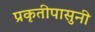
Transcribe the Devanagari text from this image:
प्रकृतीपासुनी